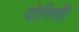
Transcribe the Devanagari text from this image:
योगिणी